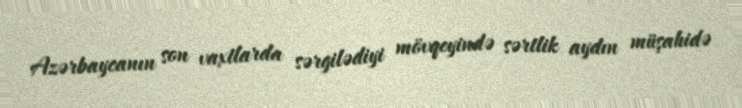
Azərbaycanın son vaxtlarda sərgilədiyi mövqeyində sərtlik aydın müşahidə